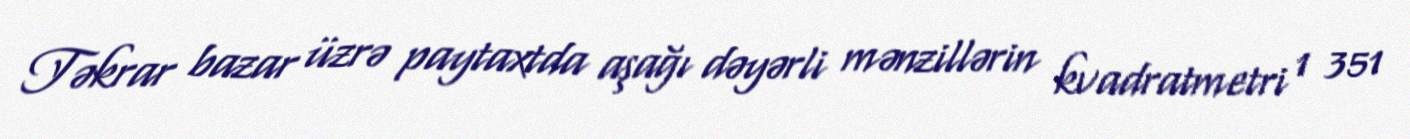
Təkrar bazar üzrə paytaxtda aşağı dəyərli mənzillərin kvadratmetri 1 351